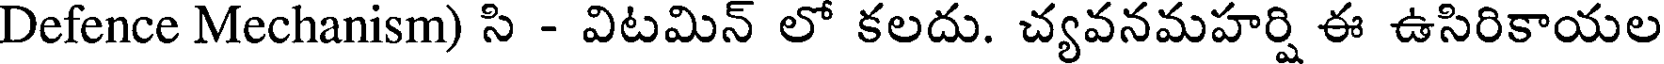
Defence Mechanism) సి - విటమిన్ లో కలదు. చ్యవనమహర్షి ఈ ఉసిరికాయల